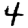
Digit: 4